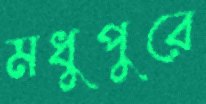
মধুপুরে